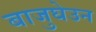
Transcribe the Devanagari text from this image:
बाजुघेउन